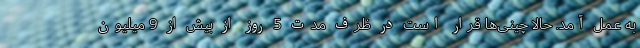
به عمل آمد. حالا چینی‌ها قرار است در ظرف مدت 5 روز از بیش از 9 میلیون